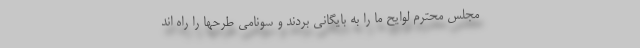
مجلس محترم لوایح ما را به بایگانی بردند و سونامی طرحها را راه اند